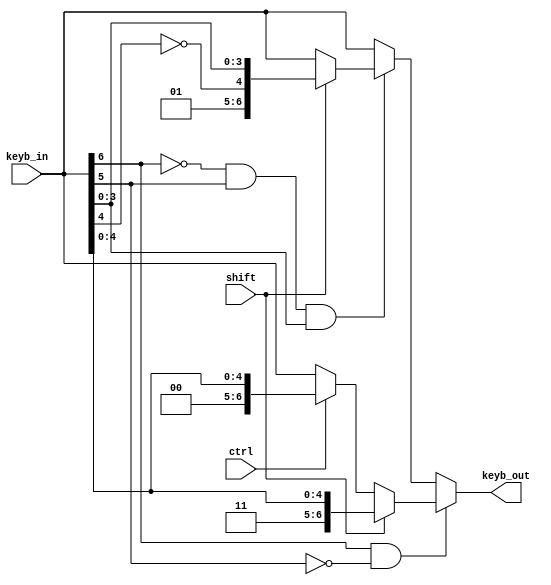
module ag_reg_decoder(keyb_in, shift, ctrl, keyb_out);
	input wire[6:0] keyb_in;
	input wire shift, ctrl;
	output wire[6:0] keyb_out;
	wire is_alpha = keyb_in[6] && !keyb_in[5];
	wire is_digit = !keyb_in[6] && keyb_in[5] && keyb_in[3:0];
	assign keyb_out =
		is_alpha?
			(shift?{1'b1,1'b1,keyb_in[4:0]}:
			 ctrl?{1'b0,1'b0,keyb_in[4:0]}:
			 keyb_in):
		is_digit?
			(shift?{1'b0,1'b1,~keyb_in[4],keyb_in[3:0]}:
			 keyb_in):
			 keyb_in;
endmodule